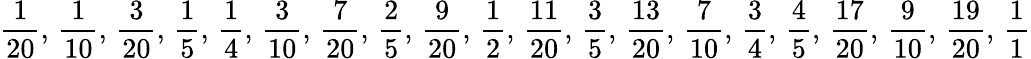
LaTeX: {\frac{1}{20}},\, {\frac{1}{10}},\, {\frac{3}{20}},\, {\frac{1}{5}},\, {\frac{1}{4}},\, {\frac{3}{10}},\, {\frac{7}{20}},\, {\frac{2}{5}},\, {\frac{9}{20}},\, {\frac{1}{2}},\, {\frac{11}{20}},\, {\frac{3}{5}},\, {\frac{13}{20}},\, {\frac{7}{10}},\, {\frac{3}{4}},\, {\frac{4}{5}},\, {\frac{17}{20}},\, {\frac{9}{10}},\, {\frac{19}{20}},\, {\frac{1}{1}}